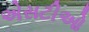
એસટીઓ